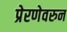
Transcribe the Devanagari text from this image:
प्रेरणेवरुन